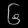
Digit: ၆